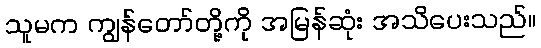
သူမက ကျွန်တော်တို့ကို အမြန်ဆုံး အသိပေးသည်။